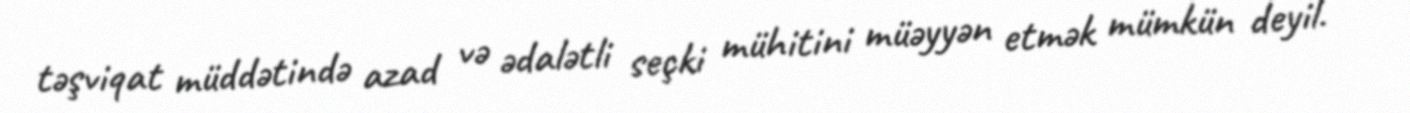
təşviqat müddətində azad və ədalətli seçki mühitini müəyyən etmək mümkün deyil.